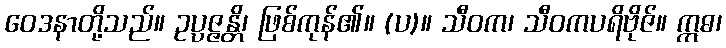
ဝေဒနာတို့သည်။ ဥပ္ပဇ္ဇန္တိ၊ ဖြစ်ကုန်၏။ (ပ)။ သီဝက၊ သီဝကပရိဗိုဇ်။ ဣဓ၊